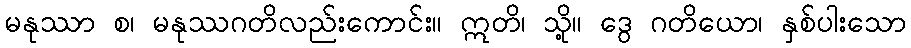
မနုဿာ စ၊ မနုဿဂတိလည်းကောင်း။ ဣတိ၊ သို့။ ဒွေ ဂတိယော၊ နှစ်ပါးသော